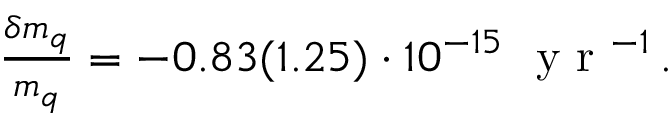
\begin{array} { r } { \frac { \delta m _ { q } } { m _ { q } } = - 0 . 8 3 ( 1 . 2 5 ) \cdot 1 0 ^ { - 1 5 } \ \mathrm { ~ y ~ r ~ } ^ { - 1 } \, . } \end{array}